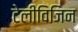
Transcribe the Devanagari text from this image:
टेलीविजिन